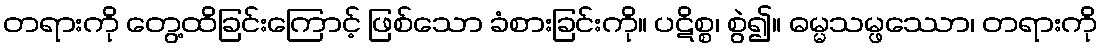
တရားကို တွေ့ထိခြင်းကြောင့် ဖြစ်သော ခံစားခြင်းကို။ ပဋိစ္စ၊ စွဲ၍။ ဓမ္မသမ္ဖဿော၊ တရားကို